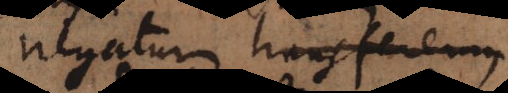
negatum transferemus